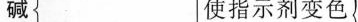
碱 使指示剂变色